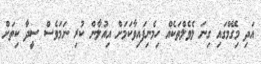
އަދި މިގޭމްގައި ގިނަ ލެވެލްތަކެއް ހިމެނިފައިވާކަމަށް އިއުލާން ކުރި ނަމަވެސް ސީދާ ކިތަށް